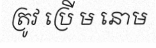
ត្រូវ ប្រើ ម នោម